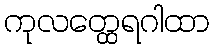
ကုလတ္ထေရဂါထာ